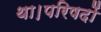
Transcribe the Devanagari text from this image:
था।परिषदों